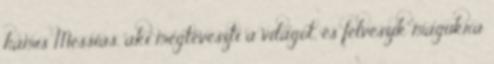
hamis Messiás, aki megtéveszti a világot, és felveszik magukra